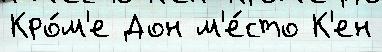
Кро́м'е Дон м'е́сто К'ен